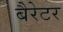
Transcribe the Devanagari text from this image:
बैरेटर